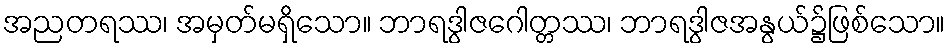
အညတရဿ၊ အမှတ်မရှိသော။ ဘာရဒွါဇဂေါတ္တဿ၊ ဘာရဒွါဇအနွယ်၌ဖြစ်သော။